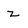
Character: Z